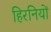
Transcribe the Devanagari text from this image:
हिरनियों